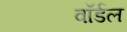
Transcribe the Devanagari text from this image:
वॉर्डल